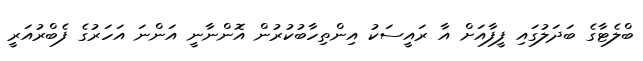
ބްލެޓާގެ ބަދަލުގައި ފީފާއަށް އާ ރައީސަކު އިންތިހާބުކުރުން އޮންނާނީ އަންނަ އަހަރުގެ ފެބްރުއަރީ